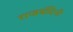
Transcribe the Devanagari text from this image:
राजबंदिनी